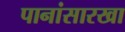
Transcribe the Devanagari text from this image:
पानांसारखा